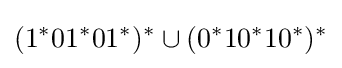
(1^{*}01^{*}01^{*})^{*}\cup (0^{*}10^{*}10^{*})^{*}